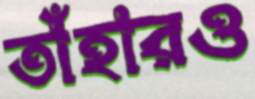
তাঁহারও